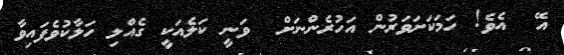
އޭ  އެވެ! ހަމަކަށަވަރުން އަހުރެންނަށް  ވަނީ ކަލެއަކީ ގެއްލި ހަލާކުވެފައިވާ